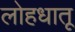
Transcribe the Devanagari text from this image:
लोहधातू